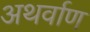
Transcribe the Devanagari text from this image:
अथर्वाण